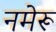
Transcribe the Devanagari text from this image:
नमेरू